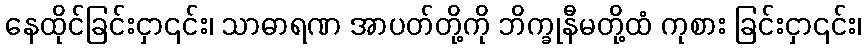
နေထိုင်ခြင်းငှာ၎င်း၊ သာဓာရဏ အာပတ်တို့ကို ဘိက္ခုနီမတို့ထံ ကုစား ခြင်းငှာ၎င်း၊